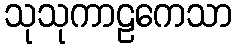
သုသုကာဠကေသာ